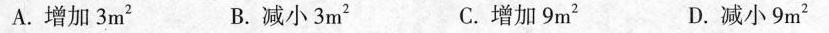
A.增加3m^{2} B.减小3m^{2} C.增加9m^{2} D.减小9m^{2}